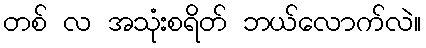
တစ် လ အသုံးစရိတ် ဘယ်လောက်လဲ။